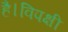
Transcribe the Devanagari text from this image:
है।विपक्षी